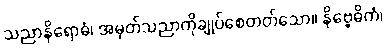
သညာနိရောဓံ၊ အမှတ်သညာကိုချုပ်စေတတ်သော။ နိဗ္ဗေဓိကံ၊